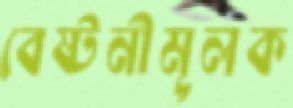
বেষ্টনীমূলক